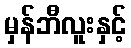
မှန်ဘီလူးနှင့်